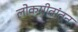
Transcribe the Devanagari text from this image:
लोकगीतांतून